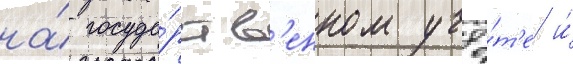
на́ госуда́рств'енном учё́т'е и́